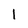
Character: l